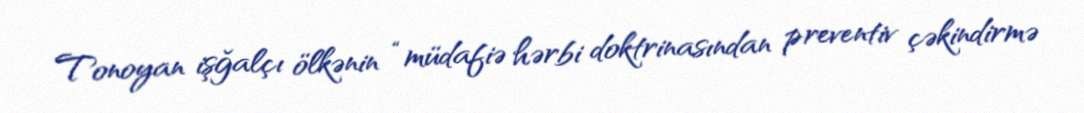
Tonoyan işğalçı ölkənin “müdafiə hərbi doktrinasından preventiv çəkindirmə